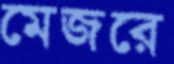
মেজরে